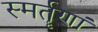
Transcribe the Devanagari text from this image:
स्मर्तॄणां